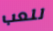
للعب